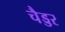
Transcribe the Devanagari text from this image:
चैड्डर